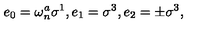
e _ { 0 } = \omega _ { n } ^ { a } \sigma ^ { 1 } , e _ { 1 } = \sigma ^ { 3 } , e _ { 2 } = \pm \sigma ^ { 3 } ,